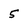
Character: 5